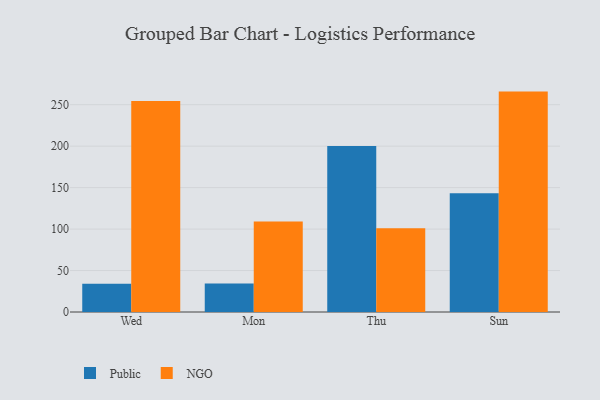
{"axis": {"x": "Day", "y": "Net Income (USD K)"}, "legend": ["NGO", "Public"], "data": [{"x": "Wed", "y": 34.1, "type": "Public"}, {"x": "Wed", "y": 254.5, "type": "NGO"}, {"x": "Mon", "y": 34.3, "type": "Public"}, {"x": "Mon", "y": 109.2, "type": "NGO"}, {"x": "Thu", "y": 200.1, "type": "Public"}, {"x": "Thu", "y": 101.1, "type": "NGO"}, {"x": "Sun", "y": 143.2, "type": "Public"}, {"x": "Sun", "y": 265.8, "type": "NGO"}]}